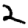
Digit: 2